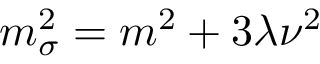
m _ { \sigma } ^ { 2 } = m ^ { 2 } + 3 \lambda \nu ^ { 2 }